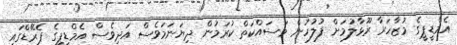
އެމްޑީޕީގެ މުޒާހަރާ ރޫޅާލުމަށް ފުލުހުން މަސައްކަތް ކުރަމުން ދިޔަނަމަވެސް އަދިވެސް އެމްޑީޕީގެ ޕެރޭޑްގައި